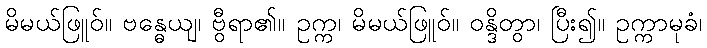
မိမယ်ဖြူဝ်။ ဗန္ဓေယျ၊ ဗွီရာ၏။ ဥက္က၊ မိမယ်ဖြူဝ်။ ဝန္ဒိတွာ၊ ပြီး၍။ ဥက္ကာမုခံ၊